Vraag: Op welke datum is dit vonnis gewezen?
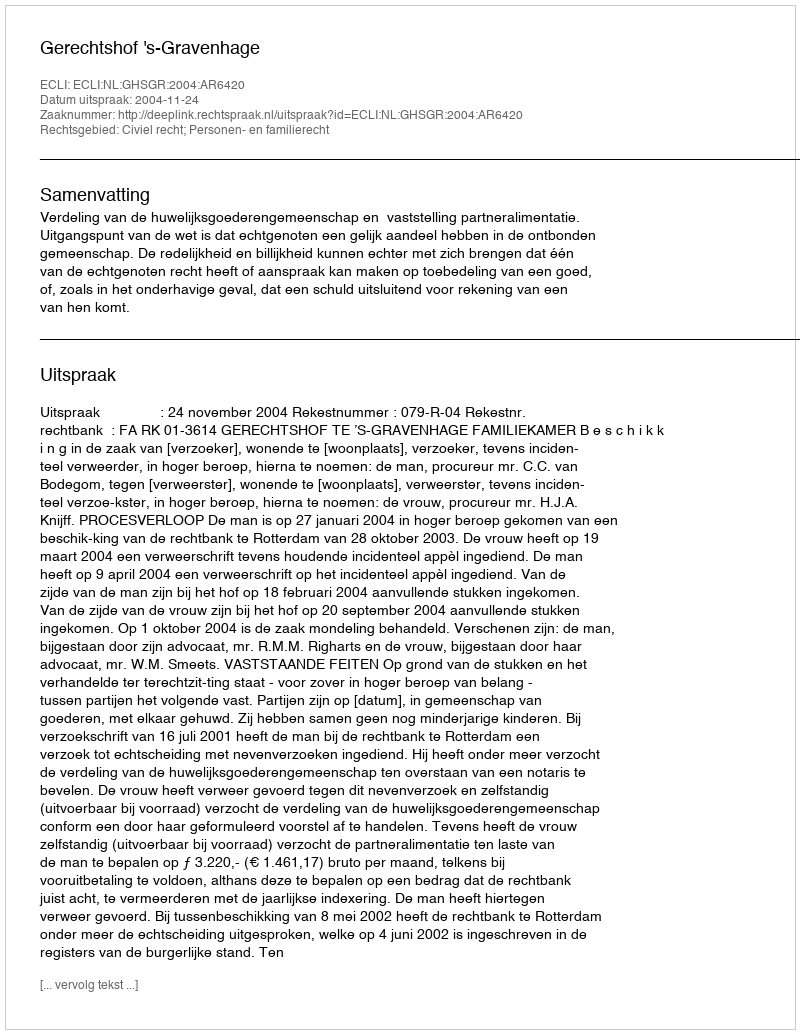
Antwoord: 2004-11-24